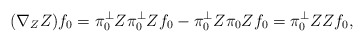
\begin{align*}(\nabla_Z Z)f_0 = \pi_0^\perp Z\pi_0^\perp Z f_0- \pi_0^\perp Z \pi_0 Zf_0=\pi_0^\perp ZZf_0,\end{align*}